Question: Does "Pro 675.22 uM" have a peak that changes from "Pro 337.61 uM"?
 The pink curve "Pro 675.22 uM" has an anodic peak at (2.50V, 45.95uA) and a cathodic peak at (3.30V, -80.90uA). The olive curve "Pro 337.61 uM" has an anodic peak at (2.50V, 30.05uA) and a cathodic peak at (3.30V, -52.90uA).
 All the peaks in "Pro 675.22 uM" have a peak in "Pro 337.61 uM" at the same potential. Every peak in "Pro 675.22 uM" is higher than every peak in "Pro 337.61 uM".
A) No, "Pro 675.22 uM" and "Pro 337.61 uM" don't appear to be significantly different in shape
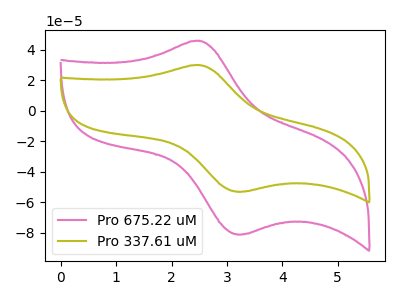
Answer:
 <answer>A) No, "Pro 675.22 uM" and "Pro 337.61 uM" don't appear to be significantly different in shape</answer>
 <eval>A</eval>